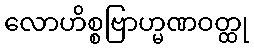
လောဟိစ္စဗြာဟ္မဏဝတ္ထု